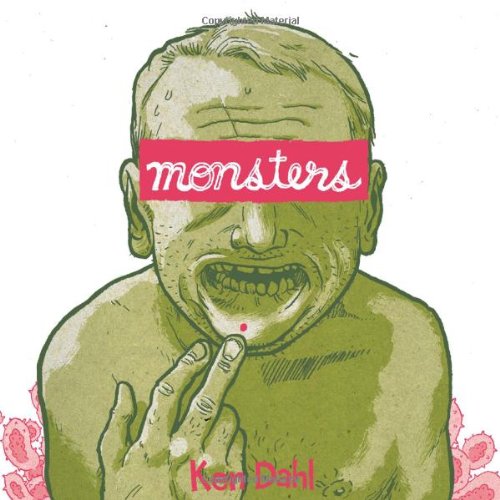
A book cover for Monsters; Ken Dahl; Health, Fitness & Dieting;